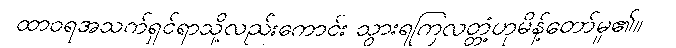
ထာဝရအသက်ရှင်ရာသို့လည်းကောင်း သွားရကြလတ္တံ့ဟုမိန့်တော်မူ၏။